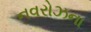
નવરોઝના